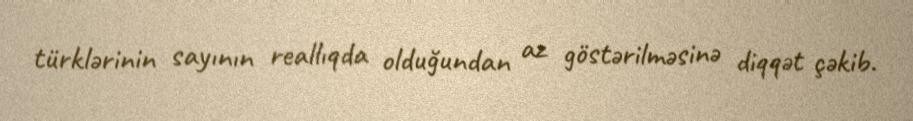
türklərinin sayının reallıqda olduğundan az göstərilməsinə diqqət çəkib.